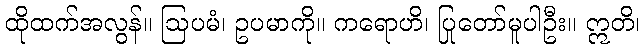
ထိုထက်အလွန်။ ဩပမံ၊ ဥပမာကို။ ကရောဟိ၊ ပြုတော်မူပါဦး။ ဣတိ၊